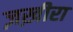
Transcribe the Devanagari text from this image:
ज़ख़ीरा